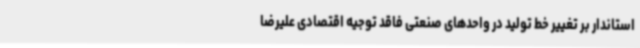
استاندار بر تغییر خط تولید در واحدهای صنعتی فاقد توجیه اقتصادی علیرضا